Indian journal of veterinary science and animal husbandry - Volume 4,
Year: 1934
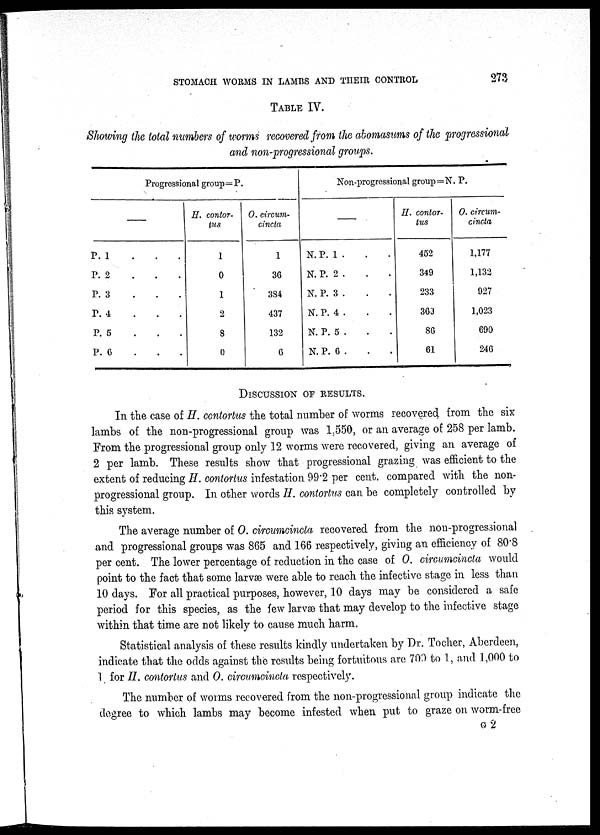
STOMACH WORMS IN LAMBS AND THEIR CONTROL
273
TABLE IV.
Showing the total numbers of worms recovered from the abomasums of the progressional
and non-progressional groups.
Progressional group=P
—
P. 1 . . .
P. 2 . . .
P. 3 . . .
P. 4 . . .
P. 5 . . .
P. 6 . . .
H. contor-
tus
1
0
1
2
8
0
O. circum-
cincta
1
36
3S4
437
132
6
Non-progressional group=N. P.
—
N. P. 1 . . .
N. P. 2 . . .
N. P. 3 . . .
N. P. 4 . . .
N. P. 5 . . .
N. P. 6 . . .
H. contor-
tus
452
349
233
363
86
61
O. circum-
cincta
1,177
1,132
927
1,023
690
246
DISCUSSION OF RESULTS.
In the case of H. contortus the total number of worms recovered from the six
lambs of the non-progressional group was 1,550, or an average of 258 per lamb.
From the progressional group only 12 worms were recovered, giving an average of
2 per lamb. These results show that progressional grazing was efficient to the
extent of reducing H. contortus infestation 99.2 per cent. compared with the non-
progressional group. In other words H. contortus can be completely controlled by
this system.
The average number of O. circumcincta recovered from the non-progressional
and progressional groups was 865 and 166 respectively, giving an efficiency of 80.8
per cent. The lower percentage of reduction in the case of 0. circumcincta would
point to the fact that some larvæ were able to reach the infective stage in less than
10 days. For all practical purposes, however, 10 days may be considered a safe
period for this species, as the few larvæ that may develop to the infective stage
within that time are not likely to cause much harm.
Statistical analysis of these results kindly undertaken by Dr. Tocher, Aberdeen,
indicate that the odds against the results being fortuitous are 700 to 1, and 1,000 to
1 for H. contortus and O. circumcincta respectively.
The number of worms recovered from the non-progressional group indicate the
degree to which lambs may become infested when put to graze on worm-free
G 2